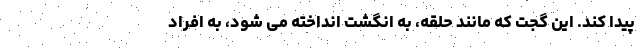
پیدا کند. این گجت که مانند حلقه، به انگشت انداخته می شود، به افراد